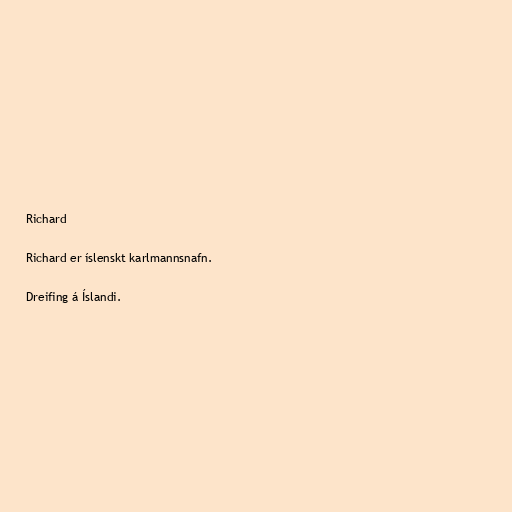
Richard

Richard er íslenskt karlmannsnafn.

Dreifing á Íslandi.